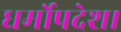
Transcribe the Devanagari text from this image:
धर्मोपदेश।